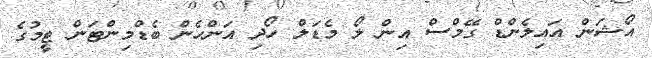
އޯޝަން އައިލެންޑް ގޭމްސް އިން ލޯ މެޑަލް ހޯދި އަންހެން ބެޑްމިންޓަން ޓީމުގެ